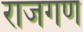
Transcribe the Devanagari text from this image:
राजगण